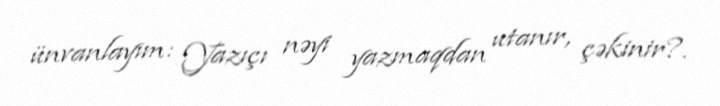
ünvanlayım: Yazıçı nəyi yazmaqdan utanır, çəkinir?.